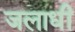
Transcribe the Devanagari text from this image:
जलाधी